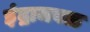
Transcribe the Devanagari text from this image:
इंद्राजवळ